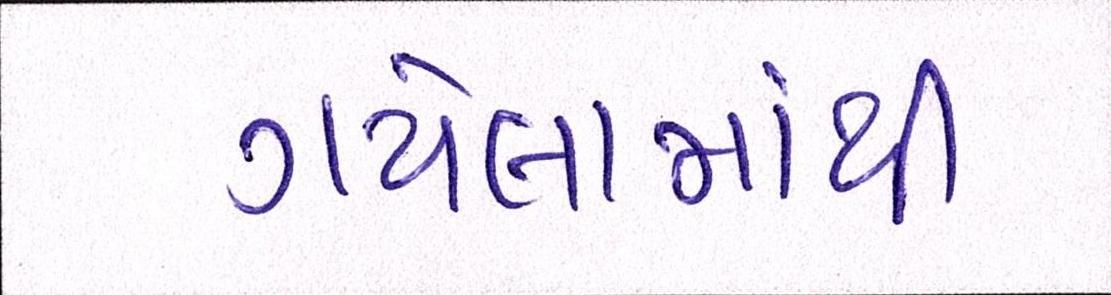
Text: ગયેલામાંથી